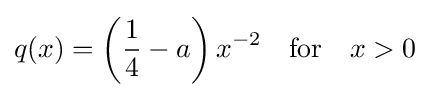
q(x)=\left({\frac {1}{4}}-a\right)x^{-2}\quad {\text{for}}\quad x>0